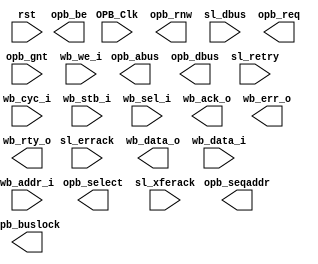
module wb2opb(	OPB_Clk, rst, 

		// OPB Master Interface (Connect to OPB Slave)
		opb_abus, opb_be, opb_dbus, opb_rnw, opb_select, opb_seqaddr,
		sl_dbus, sl_errack, sl_retry, sl_xferack,

		opb_req, opb_gnt, opb_buslock, 

		// WISHBONE Slave Interface (Connect to WB Master)
		wb_data_o, wb_data_i, wb_addr_i,
		wb_cyc_i, wb_stb_i, wb_sel_i, wb_we_i, wb_ack_o, wb_err_o, wb_rty_o
	);

// --------------------------------------
// System IO
input			OPB_Clk;
input			rst;

// --------------------------------------
// OPB Master Interface (Connect to OPB Slave)
output	[31:0]		opb_abus;
output	[3:0]		opb_be;
output	[31:0]		opb_dbus;
output			opb_rnw;
output			opb_select;
output			opb_seqaddr;

input	[31:0]		sl_dbus;
input			sl_errack;
input			sl_retry;
input			sl_xferack;

output			opb_req, opb_buslock;
input			opb_gnt;

// --------------------------------------
// WISHBONE Slave Interface (Connect to WB Master)
output	[31:0]		wb_data_o;
input	[31:0]		wb_data_i;
input	[31:0]		wb_addr_i;
input			wb_cyc_i, wb_stb_i;
input	[3:0]		wb_sel_i;
input			wb_we_i;
output			wb_ack_o, wb_err_o, wb_rty_o;

endmodule